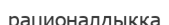
рационалдыққа